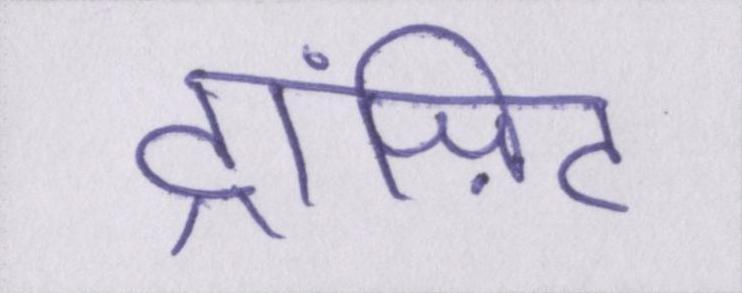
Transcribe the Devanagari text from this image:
ट्रांज़िट